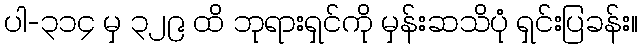
ပါ-၃၁၄ မှ ၃၂၉ ထိ ဘုရားရှင်ကို မှန်းဆသိပုံ ရှင်းပြခန်း။